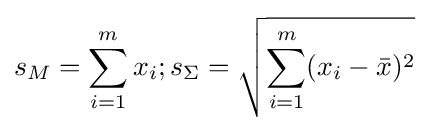
s_{M}=\sum _{i=1}^{m}x_{i};s_{\Sigma }={\sqrt {\sum _{i=1}^{m}(x_{i}-{\bar {x}})^{2}}}